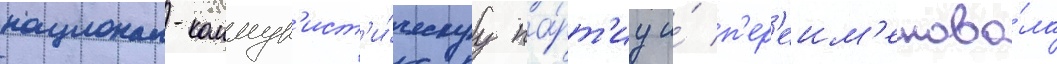
национал-коммун'ист'и́ческуу па́рт'иу и́ п'ер'еим'енова́ла